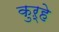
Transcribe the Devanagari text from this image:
कुऱ्हे